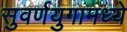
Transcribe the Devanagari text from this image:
सुवर्णयुगामध्ये